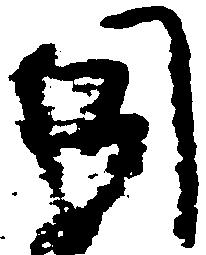
同